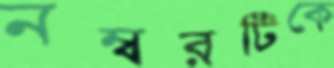
নম্বরটিকে